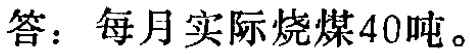
答：每月实际烧煤40吨。